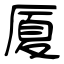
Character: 厦